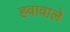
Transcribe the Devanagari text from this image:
हवावाले